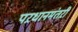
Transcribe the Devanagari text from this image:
पऱधानमंतऱी